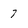
Character: 7